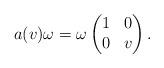
LaTeX: \begin{align*} a(v) \omega = \omega \left(\begin{matrix} 1&0 \\ 0& v\end{matrix}\right). \end{align*}